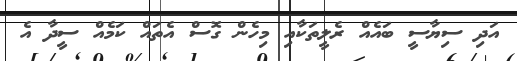
އަދި ސިޔާސީ ބައެއް ރެލީތަކާއި މިހެން ގޮސް އެތައް ކަމެއް ސީދާ އެ